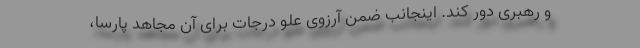
و رهبری دور کند. اینجانب ضمن آرزوی علو درجات برای آن مجاهد پارسا،